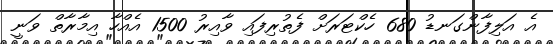
އެ އަލިފާންގަނޑު 680 ހެކްޓަރަށް ފެތުރިފައި ވާއިރު 1500 އެއްހާ އިމާރާތް ވަނީ